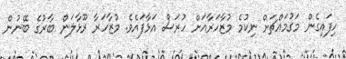
ހިފައިގެން މަގުމައްޗަށް ނިކުމެ މުޒާހަރާއަށް ހުރަސް އަޅާފައެވެ. މުޒާހަރާ ރޫޅާލަން ބާރުގެ ބޭނުން